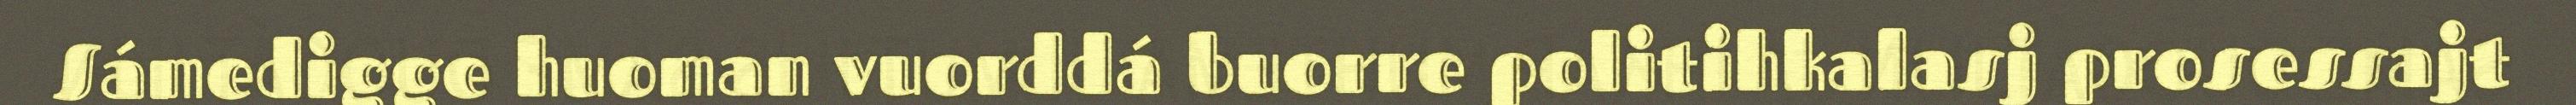
Sámedigge huoman vuorddá buorre politihkalasj prosessajt